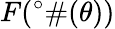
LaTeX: F(^{\circ}\# (\theta))